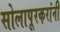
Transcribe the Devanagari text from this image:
सोलापूरकरांनी